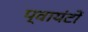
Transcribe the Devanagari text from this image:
प्वायंटों